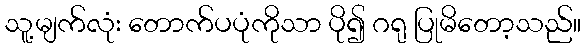
သူ့မျက်လုံး တောက်ပပုံကိုသာ ပို၍ ဂရု ပြုမိတော့သည်။